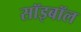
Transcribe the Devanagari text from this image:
सॉइबॉल